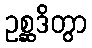
ဥစ္ဆဒိတွာ